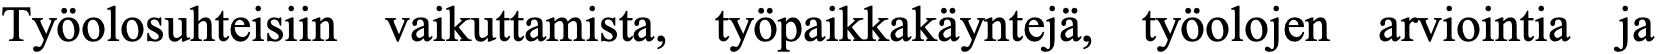
Työolosuhteisiin vaikuttamista, työpaikkakäyntejä, työolojen arviointia ja